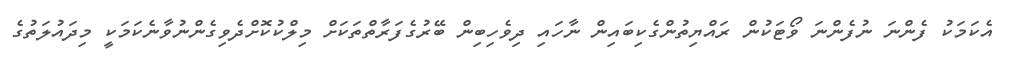
އެކަމަކު ފެންނަ ނުފެންނަ ވޯޓަކުން ރައްޔިތުންގެކިބައިން ނާހައި ދިވެހިބިން ބޭރުގެފަރާތްތަކަށް މިލްކުކޮށްދެވިގެންނުވާނެކަމަކީ މިދައުލަތުގެ